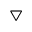
\bigtriangledown